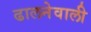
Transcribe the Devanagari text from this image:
ढालनेवाली